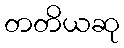
တတိယဆု